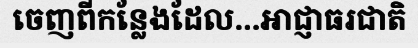
ចេញពីកន្លែងដែល...អាជ្ញាធរជាតិ